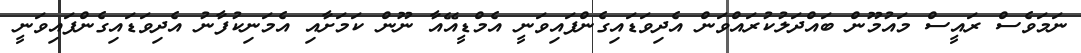
ނަމަވެސް ރައީސް މައުމޫން ބައްދަލުކުރައްވަން އެދިވަޑައިގެންފައިވަނީ އެމްޑީއޭއާ ނޫން ކަމަށާއި އެމަނިކުފާނު އެދިވަޑައިގެންފައިވަނީ